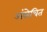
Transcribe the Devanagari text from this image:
अंसेचित